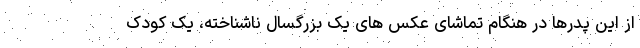
از این پدرها در هنگام تماشای عکس های یک بزرگسال ناشناخته، یک کودک